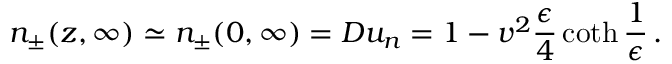
n _ { \pm } ( z , \infty ) \simeq n _ { \pm } ( 0 , \infty ) = D u _ { n } = 1 - v ^ { 2 } \frac { \epsilon } { 4 } \coth \frac { 1 } { \epsilon } \, .